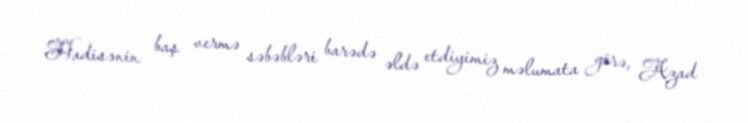
Hadisənin baş vermə səbəbləri barədə əldə etdiyimiz məlumata görə, Azad